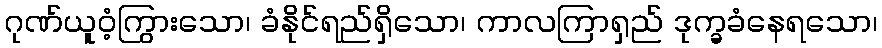
ဂုဏ်ယူဝံ့ကြွားသော၊ ခံနိုင်ရည်ရှိသော၊ ကာလကြာရှည် ဒုက္ခခံနေရသော၊